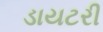
ડાયટરી